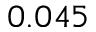
0 . 0 4 5